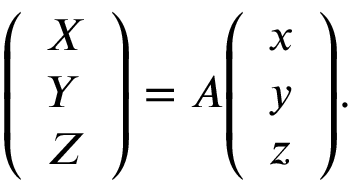
{ \left( \begin{array} { l } { X } \\ { Y } \\ { Z } \end{array} \right) } = A { \left( \begin{array} { l } { x } \\ { y } \\ { z } \end{array} \right) } .